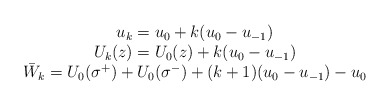
\begin{align*}\begin{array}{c}u_k=u_0+k(u_0-u_{-1}) \\U_k(z)=U_0(z)+k(u_0-u_{-1}) \\\bar W_k=U_0(\sigma ^{+})+U_0(\sigma ^{-})+(k+1)(u_0-u_{-1})-u_0\end{array}\end{align*}